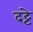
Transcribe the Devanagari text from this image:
दट्टे